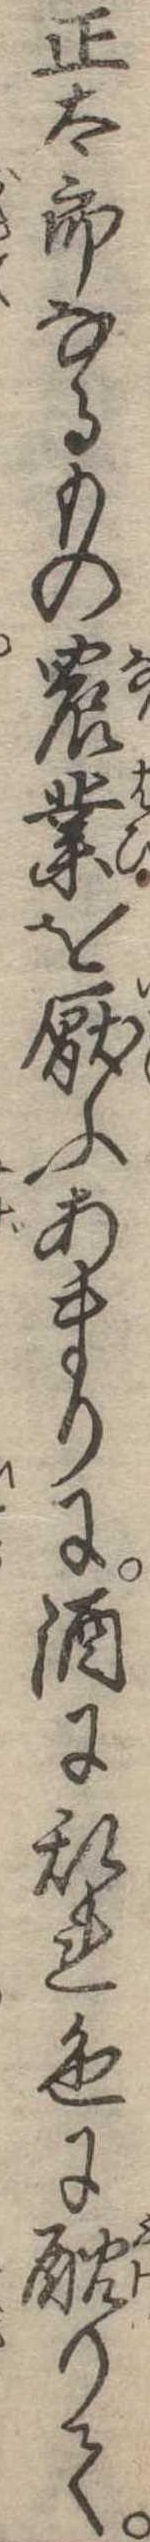
正太郎なるもの農業を厭ふあまりに酒に乱れ色に酖りて